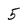
Character: 5